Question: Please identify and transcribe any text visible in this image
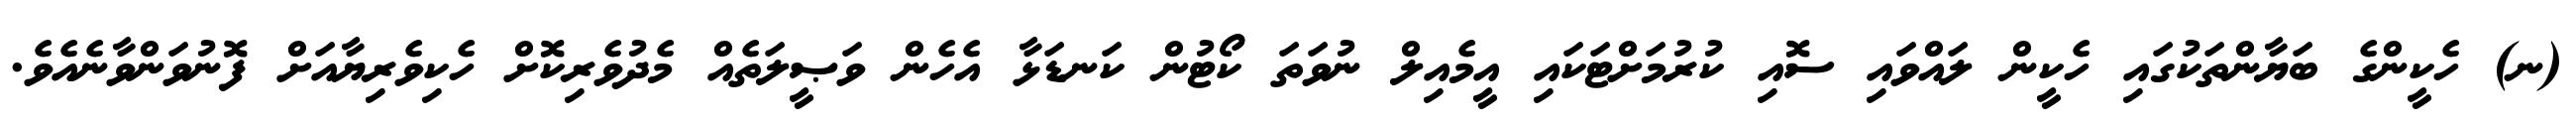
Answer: (ނ) ހެކީންގެ ބަޔާންތަކުގައި ހެކީން ލައްވައި ސޮއި ކުރުމަށްޓަކައި އީމެއިލް ނުވަތަ ކޯޓުން ކަނޑަޅާ އެހެން ވަޞީލަތެއް މެދުވެރިކޮށް ހެކިވެރިޔާއަށް ފޮނުވަންވާނެއެވެ.